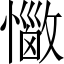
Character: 𢣈